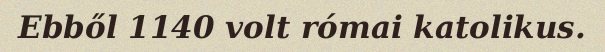
Ebből 1140 volt római katolikus.